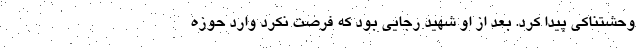
وحشتناکی پیدا کرد. بعد از او شهید رجایی بود که فرصت نکرد وارد حوزه